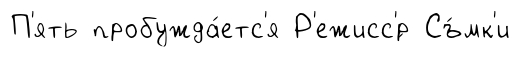
П'ять пробужда́етс'я Р'ежисс'́р Съ́мк'и